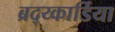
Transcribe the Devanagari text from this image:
ब्रद्य्कार्डिया